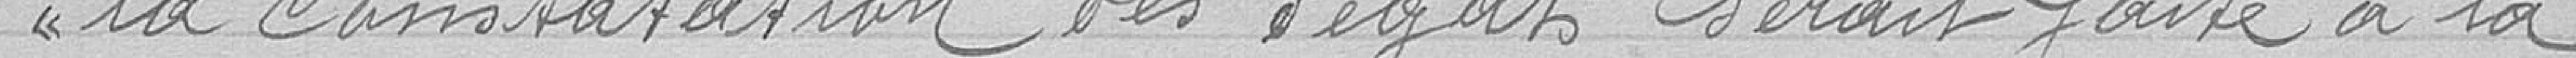
la constatation des dégâts serait faite à la